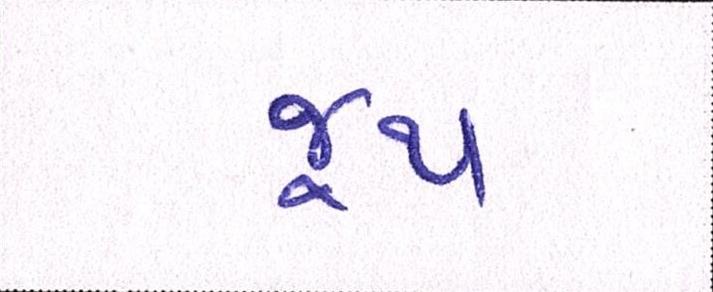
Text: જૂથ